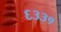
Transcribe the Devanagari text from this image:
६३३१